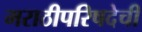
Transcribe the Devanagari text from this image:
मराठीपरिषदेची